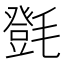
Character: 㲪